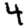
Digit: 4